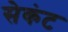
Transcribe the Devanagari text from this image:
सेकंट